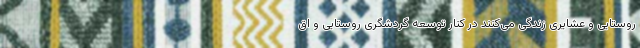
روستایی و عشایری زندگی می‌کنند در کنار توسعه گردشگری روستایی و اق